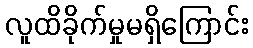
လူထိခိုက်မှုမရှိကြောင်း